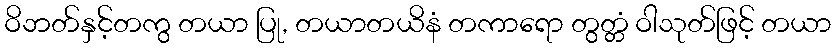
ဝိဘတ်နှင့်တကွ တယာ ပြု, တယာတယိနံ တကာရော တွတ္တံ ဝါသုတ်ဖြင့် တယာ